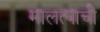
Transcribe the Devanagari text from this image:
मालत्याची